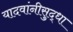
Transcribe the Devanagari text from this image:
यादवांनीसुद्धा